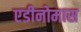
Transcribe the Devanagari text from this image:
एडीनोमास